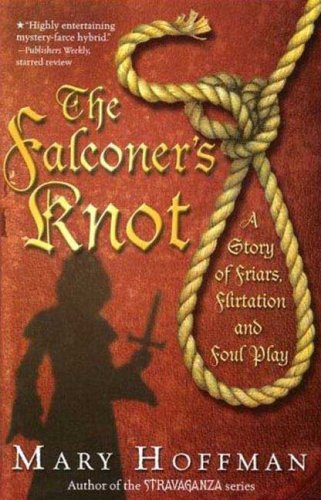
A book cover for The Falconer's Knot: A Story of Friars, Flirtation and Foul Play; Mary Hoffman; Teen & Young Adult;